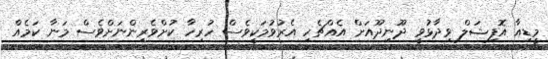
މީޑިއާ އޮފިޝަލް ވިދާޅުވީ ދޫނިދޫއަށް އެއްޗެހި އެރުވުމަކީވެސް ހުރިހާ ކުށްވެރިންނަށްވެސް މަނާ ކަމެއް